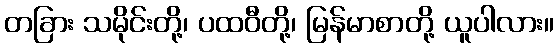
တခြား သမိုင်းတို့၊ ပထဝီတို့၊ မြန်မာစာတို့ ယူပါလား။